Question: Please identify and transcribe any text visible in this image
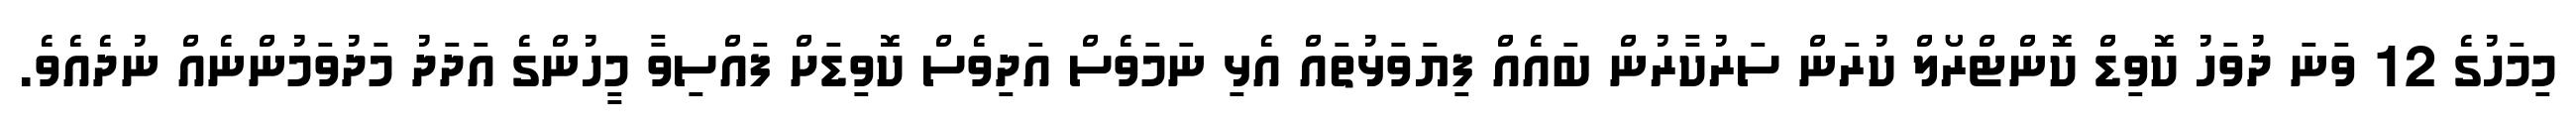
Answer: މިމަހުގެ 12 ވަނަ ދުވަހު ކޮވިޑް ކޮންޓްރޯލް ކުރަން ސަރުކާރުން ބައެއް ފިޔަވަޅުތައް އެޅި ނަމަވެސް އަދިވެސް ކޮވިޑަށް ފައްސިވާ މީހުންގެ އަދަދު މަދުވަމުންނެއް ނުދެއެވެ.